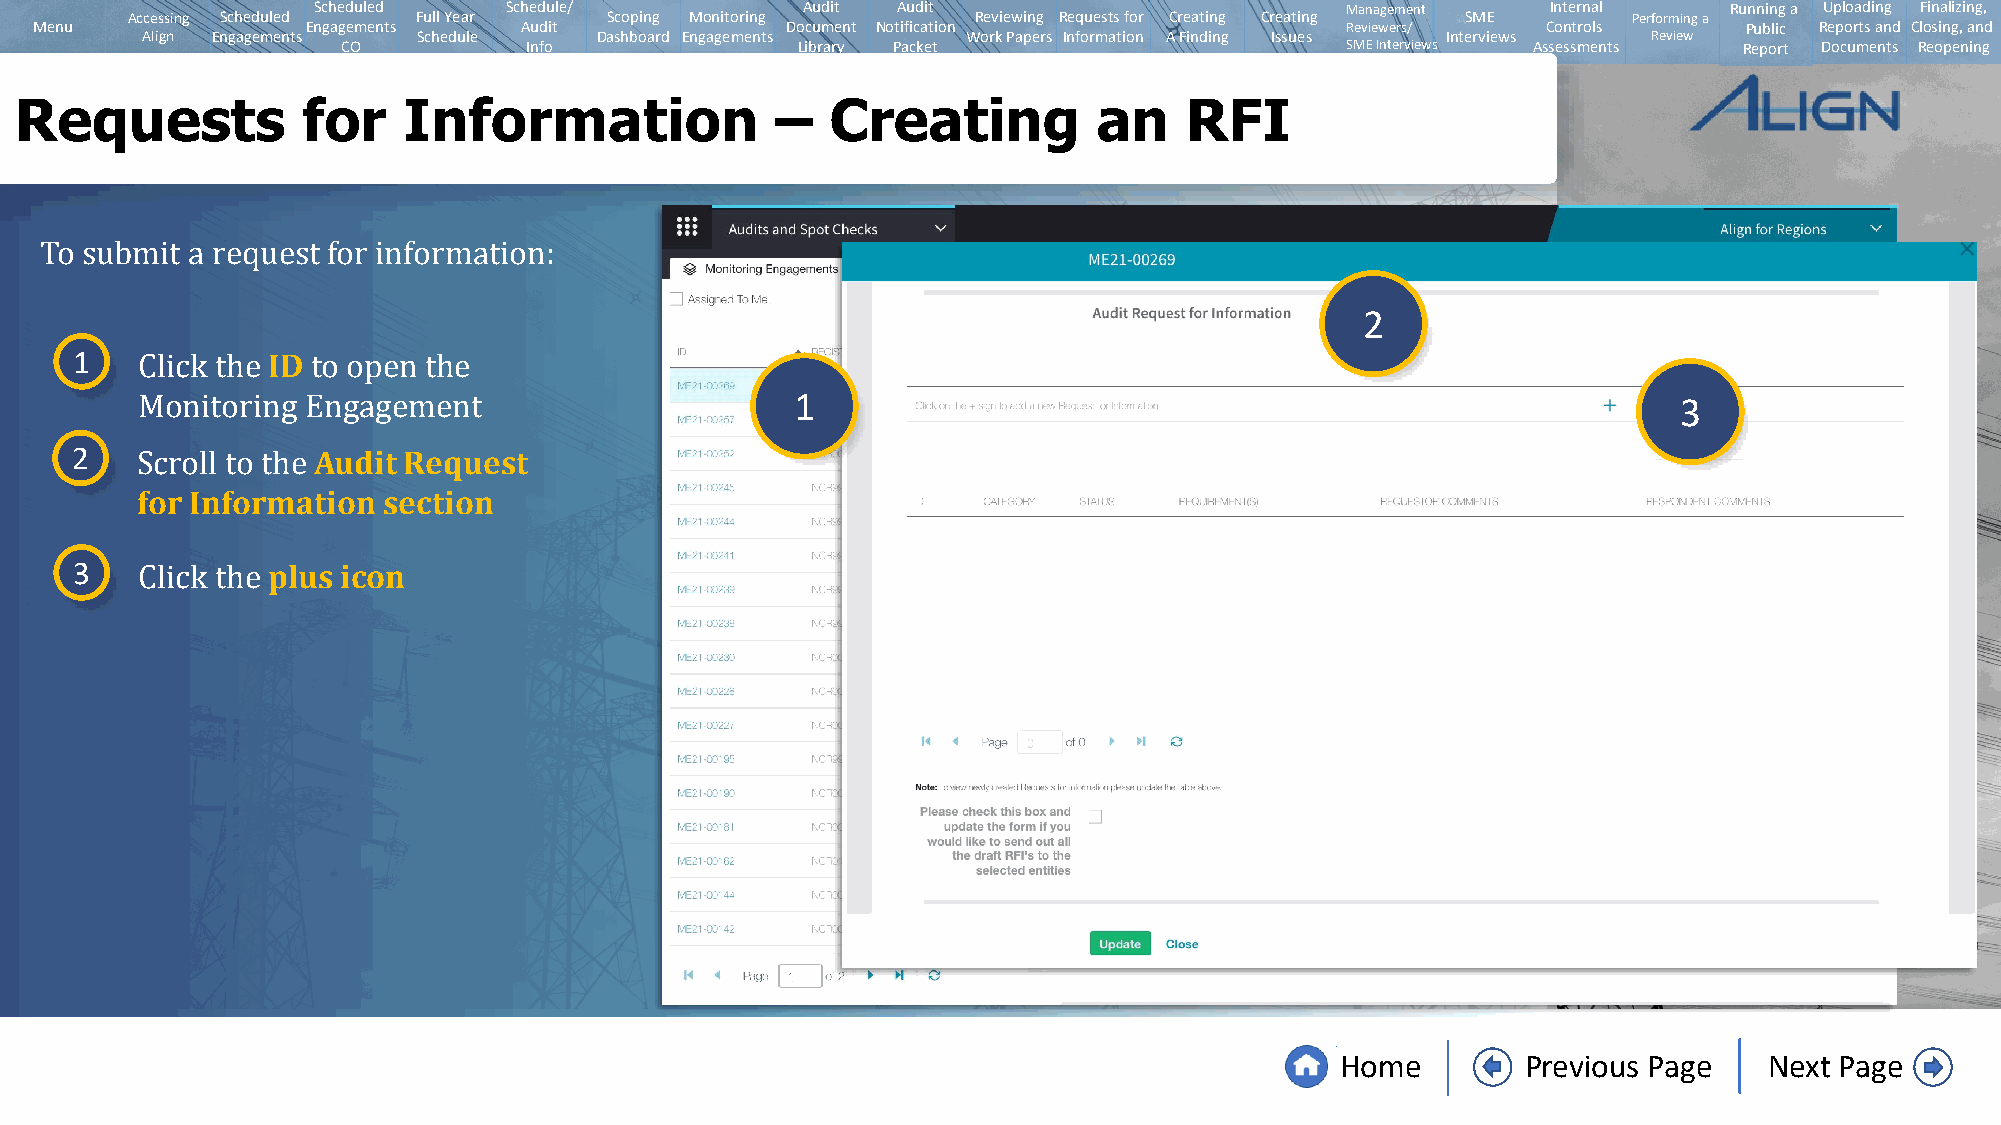
Scheduled   Schedule/           Audit Audit                         Management    Internal   Running a Uploading Finalizing,
 Accessing Scheduled Full Year   Scoping Monitoring       Reviewing Requests for Creating Creating SME Performing a
 Menu              Engagements   Audit             Document Notification                Reviewers/   Controls      Public Reports and Closing, and
 Align Engagements  Schedule   Dashboard Engagements    Work Papers Information A Finding Issues Interviews Review
 CO          Info              Library Packet                      SMEInterviews Assessments Report Documents Reopening
 Requests           for    Information             –   Creating          an   RFI
 To submit a request for information:                                                   2
 1            ID
 1                                                         3
 Click the   to open the
 2               Audit Request
 Monitoring Engagement
 for Information section
 Scroll to the
 3            plus icon
 Click the
 Home        Previous Page   Next Page